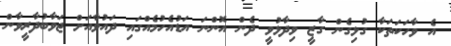
އެ ވާހަކަތަކާ ގުޅިގެން ގާޒީ ވިދާޅުވީ ދެން އޮންނަ އަޑުއެހުމެއްގައި ދައުވާއަށް ޖަވާބުދާރީވާން